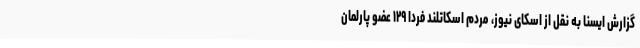
گزارش ایسنا به نقل از اسکای نیوز، مردم اسکاتلند فردا ۱۲۹ عضو پارلمان